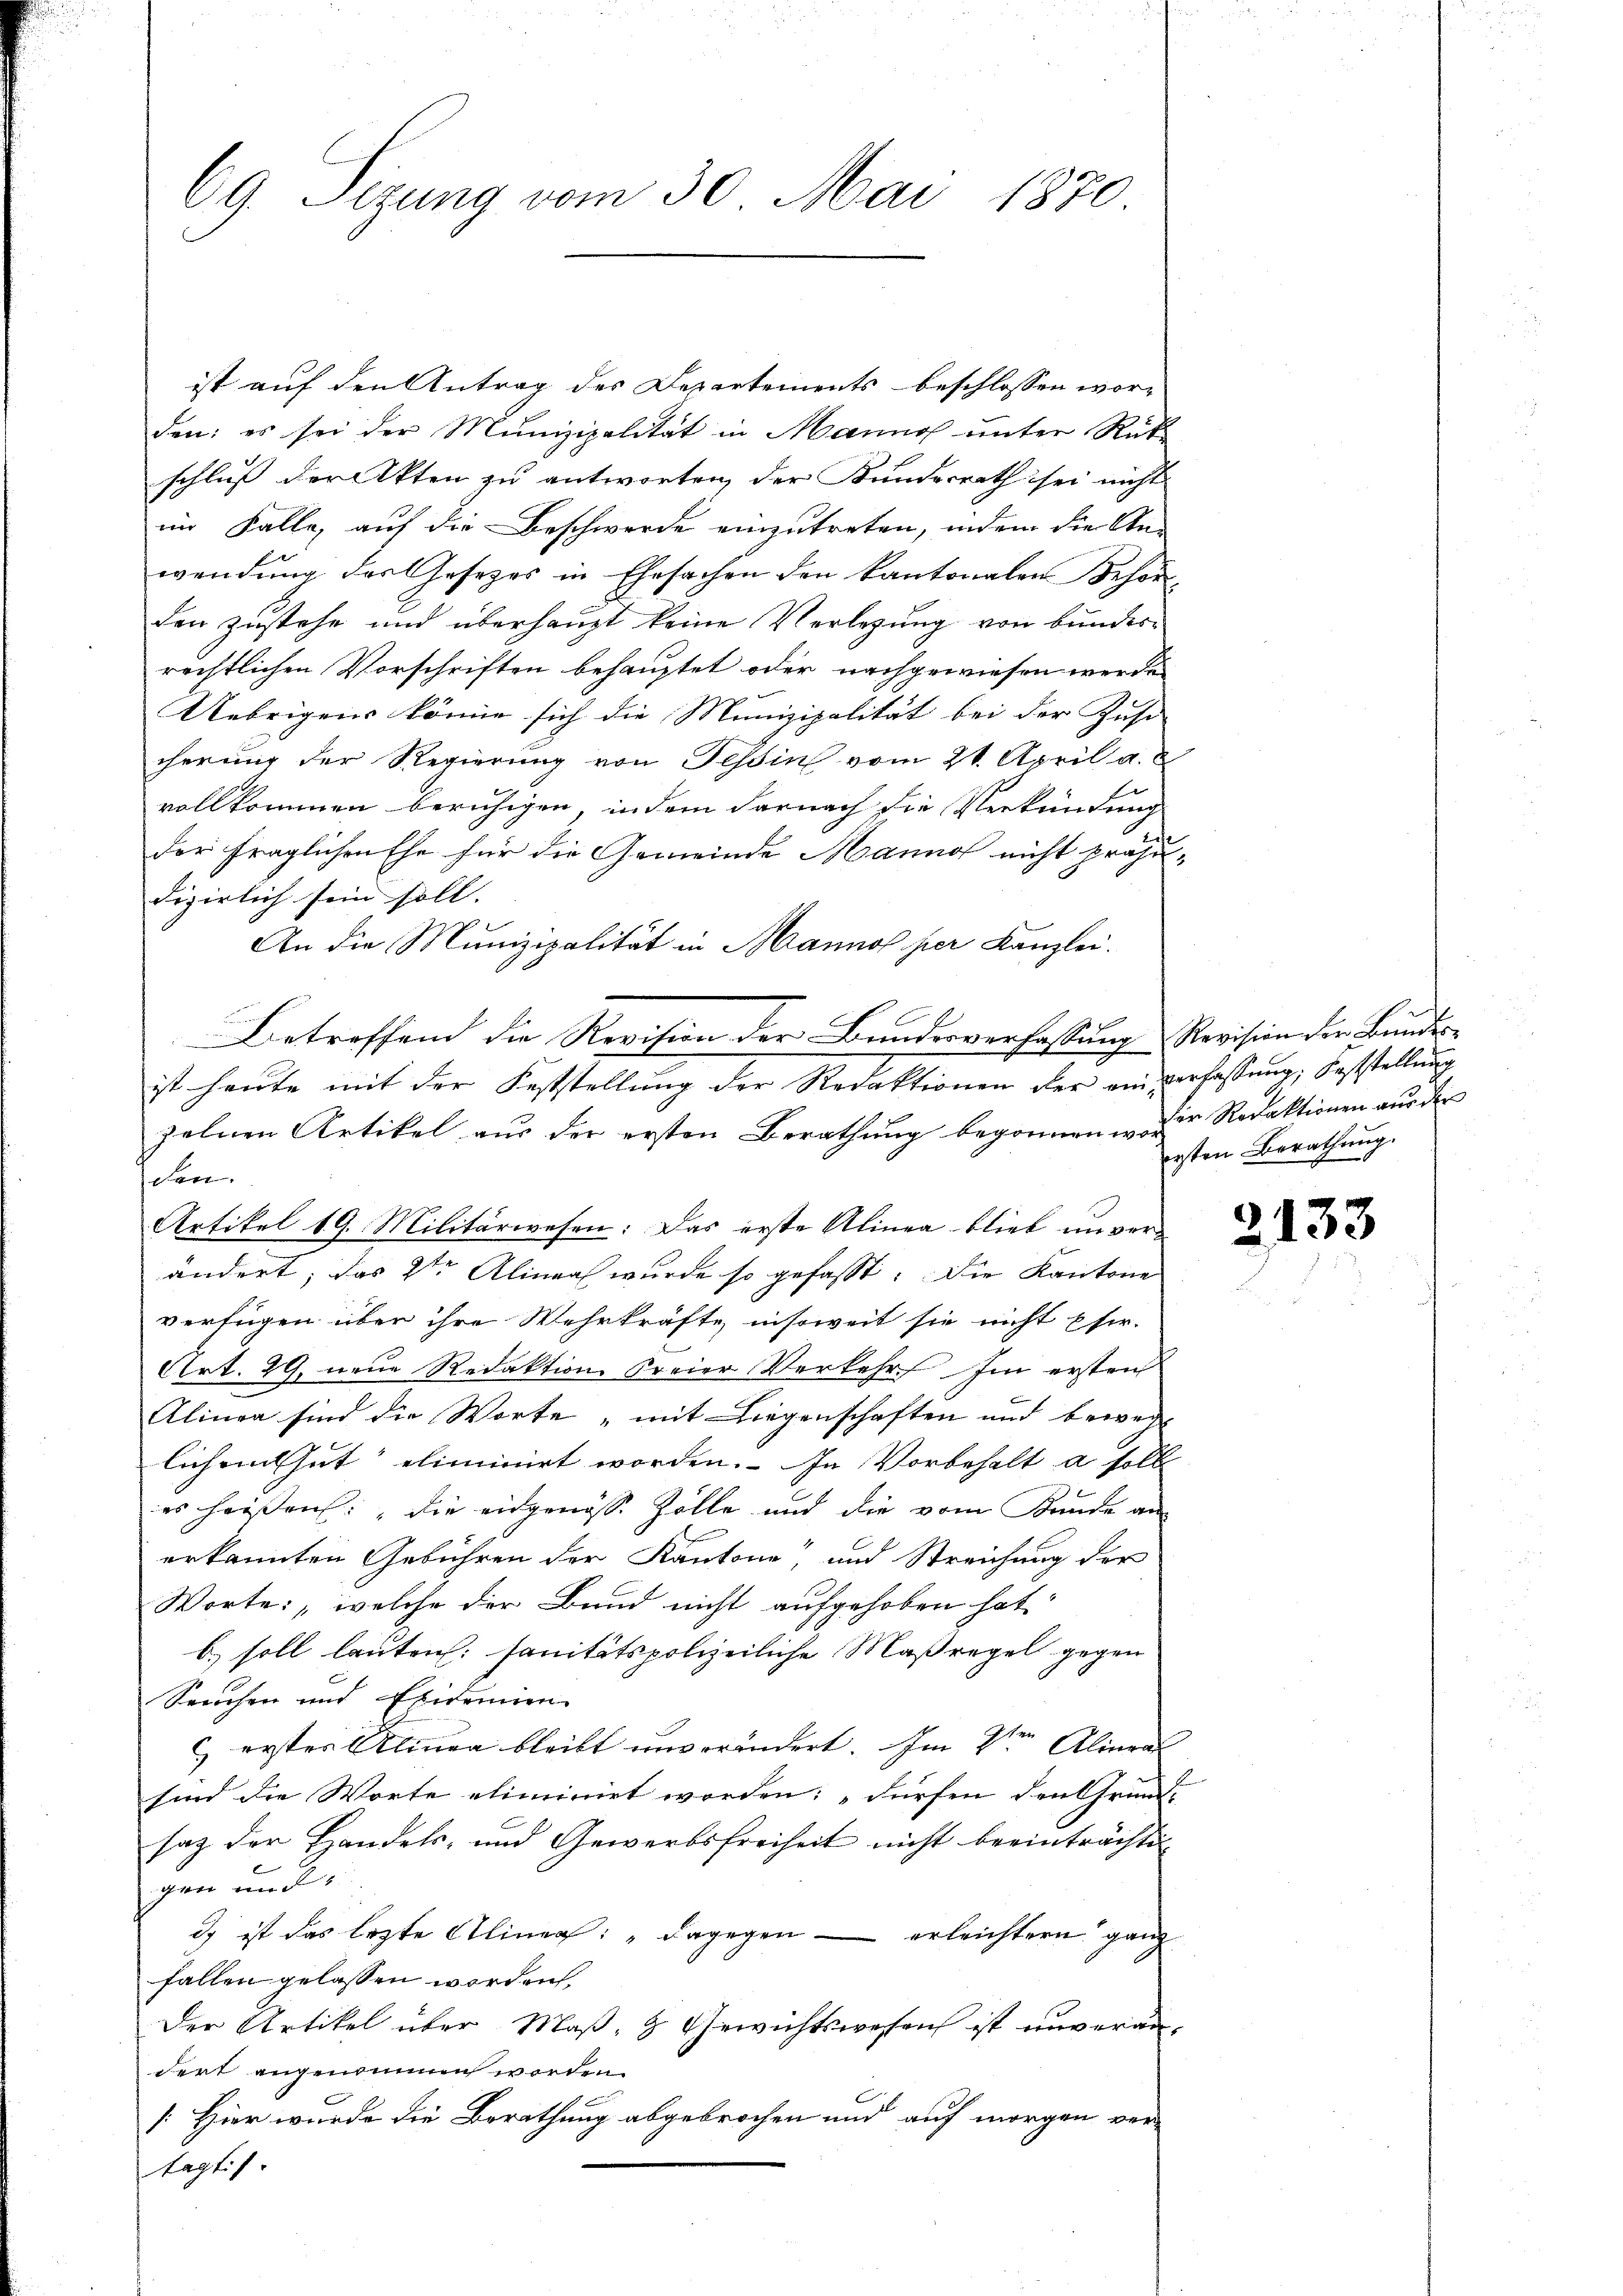
69. Sizung vom 30. Mai 1870.

ist auf den Antrag des Departements beschlossen worden: es sei der Munizipalität in Mannos unter Rück
schluß der Akten zu antworten, der Kundesrath sei nicht
im Falle, auf die Beschwerde einzutreten, indem die An-
wendung des Gesetzes in Ehesachen den kantonalen Schönden zustehe und überhaupt keine Vorlegung von Bunderrächtlichen Vorschriften behauptet oder nachgewiesen werde
Uebrigens könne sich die Munizipalität bei der Zust
cherung der Regierung von Tessin vom 21. April a. a
vollkommen beruhigen, indem darnach die Verkündung
der fraglichen Ehe für die Gemeinde Manno nicht präju-
dizierlich sein soll.
An die Munizipalität in Manno per Kanzlei.
zelnen Artikel aus der ersten Berathung begonnen. Der Redaktionen aus der
den.
Artikel 19. Militärwesen: Das erste Alinea blieb unver-
ändert; das 2ten Alinaah wurde so gefasst. Die Kantone
verfügen über ihre Wehrkräfte insoweit sie nicht pfer.
Art. 29. neue Redaktion Freier Verkehr. Im ersten
Alinea sind die Worte „mit Liegenschaften und bewegt
lichen thut eliminirt worden. In Vorbehalt a soll
es heissen, die eidgenosse Zölle und die vom Kande an
erkannten Gebühren der Kantone, und Streichung der
Worte: „welche der Bund nicht aufgehoben hat.
b) soll lauten: sanitätspolizeiliche Maßregel gegen
Seuchen und Epidemien
c erster Alinea bleibt unverändert. Im 8ten Alineal
sind die Worte eliminirt worden: „dürfen den Grund-
saz der Handels- und Gewerbsfreiheit nicht beeinträchte
gen und
ds ist das lezte Alinea: „ dagegen — erleichtern ganz
fallen gelassen worden,
Der Artikel über Maß- & Gewichtswesen ist unverandert angenommen worden.
[Hier wurde die Berathung abgebrochen und auf morgen ver-
tagtis.

Betreffend die Revision der Bundesverfassung Revision der Bundes-
ist heute mit der Feststellŭng der Redaktionen der ein verfassŭng, Feststellŭng

ersten Berathung.

2133